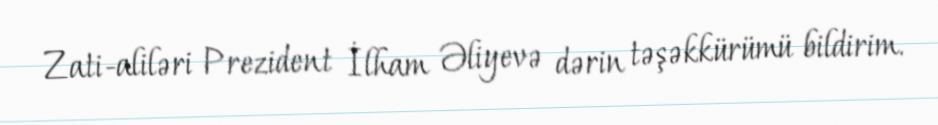
Zati-aliləri Prezident İlham Əliyevə dərin təşəkkürümü bildirim.